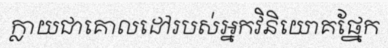
ក្លាយជាគោលដៅរបស់អ្នកវិនិយោគផ្នែក